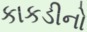
કાકડીનો